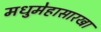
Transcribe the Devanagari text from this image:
मधुमेहासारखा